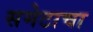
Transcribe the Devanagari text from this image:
समेटाचा